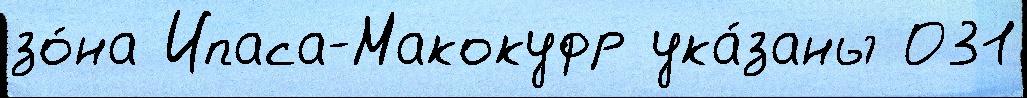
зо́на Ипаса-Макокуфр ука́заны 031